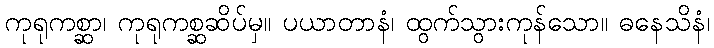
ကုရုကစ္ဆာ၊ ကုရုကစ္ဆဆိပ်မှ။ ပယာတာနံ၊ ထွက်သွားကုန်သော။ ဓနေသိနံ၊